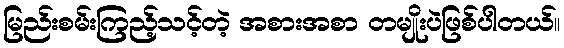
မြည်းစမ်းကြည့်သင့်တဲ့ အစားအစာ တမျိုးပဲဖြစ်ပါတယ်။